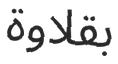
بقلاوة